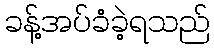
ခန့်အပ်ခံခဲ့ရသည်